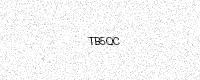
Text: TB5QC